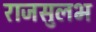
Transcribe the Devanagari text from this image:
राजसुलभ